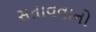
સતાવવાનો